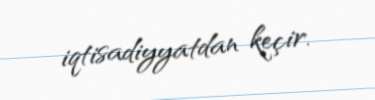
iqtisadiyyatdan keçir.